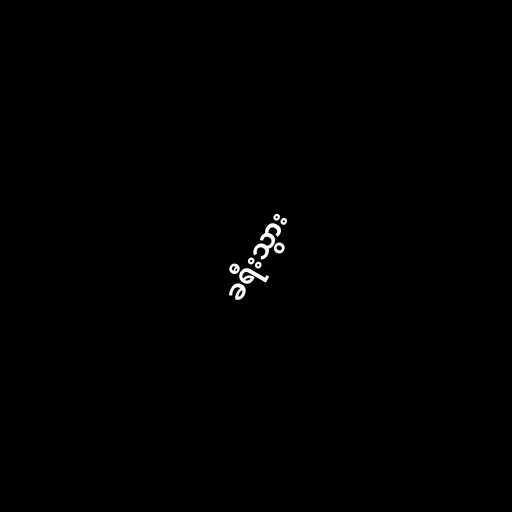
ခရီးသွား